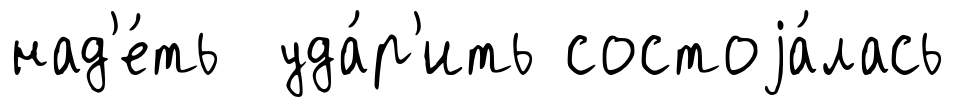
над'е́ть уда́р'ить состоjа́лась